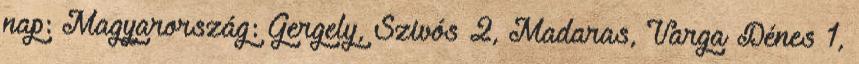
nap: Magyarország: Gergely, Szivós 2, Madaras, Varga Dénes 1,